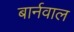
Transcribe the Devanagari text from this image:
बार्नवाल